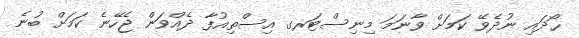
ހޯދައި ނުދެވޭ ކަމަށް ވާނަމަ މިނިސްޓަރގ އިސްތިއުފާ ދެއްވަން ޖެހޭނެ ކަމަށް ބުނެ